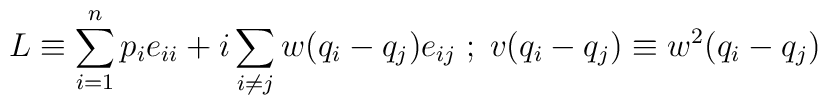
L \equiv \sum_{i = 1}^{n} p_i e_{ii} + i \sum_{ i \neq j} w(q_i -q_j)e_{ij} \; ; \; v(q_i - q_j) \equiv w^2 (q_i - q_j)